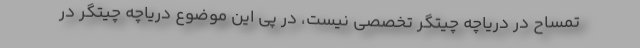
تمساح در دریاچه چیتگر تخصصی نیست، در پی این موضوع دریاچه چیتگر در